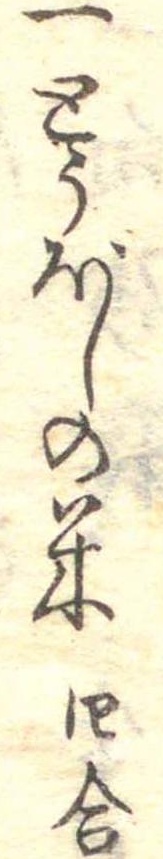
一とうぼしの米四合